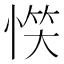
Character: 𢝹